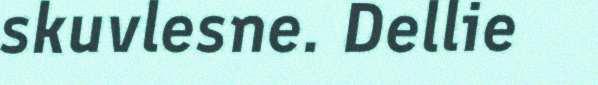
skuvlesne. Dellie